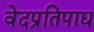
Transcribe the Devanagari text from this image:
वेदप्रतिपाद्य